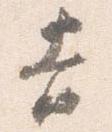
吉